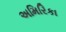
અમિરિકા